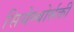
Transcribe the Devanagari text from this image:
सियेम्बोर्सकी